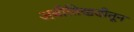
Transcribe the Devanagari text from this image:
अबीतिखडीतून